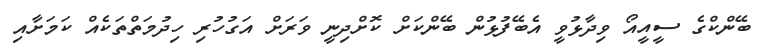
ބޭންކްގެ ސީއީއޯ ވިދާޅުވީ އެބޭފުޅުން ބޭންކަށް ކޮށްދިނީ ވަރަށް އަގުހުރި ހިދުމަތްތަކެއް ކަމަށާއި